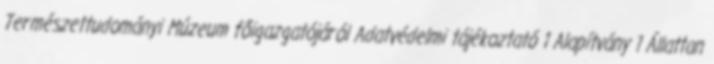
Természettudományi Múzeum főigazgatójáról Adatvédelmi tájékoztató 1 Alapítvány 1 Állattan